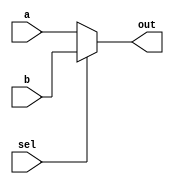
//
//
// https://hdlbits.01xz.net/wiki/Mux2to1v
//
//

`default_nettype none

module top_module (
    input   [99:0]  a,
    input   [99:0]  b,
    input           sel,
    output  [99:0]  out
);

    assign out = sel ? b : a;

endmodule